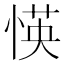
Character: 愥